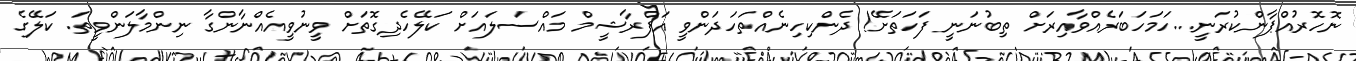
ނޮހޮރުއްޕާންކުރަނީ...ހަމަހަބަރެއްވާއިރަށް ތިބުނަނީ ފަހަތަށޭ! ދެންކިހިނެއްތަހަދަންވީ އަފްރާޝީމް މައްސަލައަށް ކަލޭހެދިގޮތަށް ވީނުވީއެއްނާންގާ ނިންމާލަންވީތަ. ކަލޭގެ